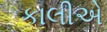
કાલીએ